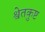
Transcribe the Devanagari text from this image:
श्वेतकुष्ट